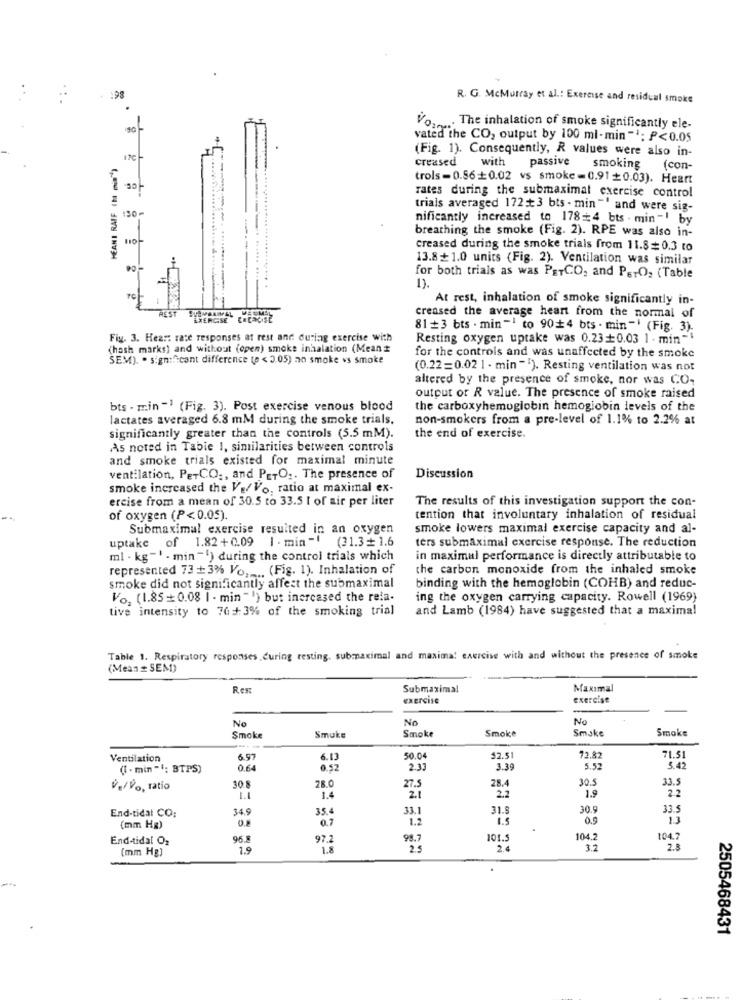
:98
R. G. McMurray et al .: Exercise and residual smoke
Vou ... The inhalation of smoke significantly ele-
vated the CO, output by 100 ml-min ": P<0.05
(Fig. 1). Consequently, R values were also in-
HEANI RAIF IN mid)
17€
creased
with
passive
smoking (con-
trols-0.56 +0.02 vs smoke=0.91+0.03). Heart
rates during the submaximal exercise control
130-
trials averaged 1723 bts - min "' and were sig-
nificantly increased to 178=4 bts . min -! by
breathing the smoke (Fig. 2). RPE was also in-
creased during the smoke trials from 11.8= 0.3 to
13.8+1.0 units (Fig. 2). Ventilation was similar
for both trials as was PETCO, and PerOz (Table
1).
At rest, inhalation of smoke significantly in-
creased the average heart from the normal of
81 +3 bts . min-1 to 90+4 bts . min "} (Fig. 3).
Fig. 3. Hea :: rate responses at rest and during exercise with
Resting oxygen uptake was 0.230.03 1 . min-
(hash marks) and without (open) smoke inhalation (Meant
SEM). . significant difference to < 3.05) no smoke vs smoke
for the controls and was unaffected by the smoke
(0.22=0.02 1 - min"). Resting ventilation was not
altered by the presence of smoke, nor was CO-
output of R value. The presence of smoke raised
bts - min -1 (Fig. 3). Post exercise venous blood
the carboxyhemoglobin hemoglobin levels of the
lactates averaged 6.8 mM during the smoke trials.
non-smokers from a pre-level of 1.1% to 2.2% at
significantly greater than the controls (5.5 mM).
the end of exercise.
As noted in Table I, similarities between controls
and smoke trials existed for maximal minute
ventilation, PETCO ;, and PETO ,. The presence of
Discussion
smoke increased the V./Vo. ratio at maximal ex-
ercise from a mean of 30.5 to 33.5 1 of air per liter
The results of this investigation support the con-
of oxygen (P<0.05).
tention that involuntary inhalation of residual
Submaximal exercise resulted in an oxygen
smoke lowers maximal exercise capacity and al-
(31.3 + 1.6
ters submaximal exercise response. The reduction
uptake of 1.82+0.09 1 . min "!
ml . kg- ' - min "") during the control trials which
in maximal performance is directly attributable to
represented 73 +3% Vo ..... (Fig. 1). Inhalation of
the carbon monoxide from the inhaled smoke
smoke did not significantly affect the submaximal
binding with the hemoglobin (COHB) and reduc-
Vo. (1.85+ 0.08 1 - min "") but inercased the rela-
ing the oxygen carrying capacity. Rowell (1969)
tive intensity to 76+3% of the smoking trial
and Lamb (1984) have suggested that a maxima!
Table 1. Respiratory responses curing resting, submaximal and maxima! exercise with and without the presence of smoke
(Mean # SEM)
Res:
Submaximal
Maximal
exercise
exercise
No
No
No
Smoke
Smake
Smoke
Smoke
Smoke
Smoke
71.51
Ventilation
6.97
50.04
$2.5
72.8:
(I . min "": BTPS)
0.64
2.33
3.39
5.52
$ 42
30.5
33.5
v./Vo, ratio
30 8
28.0
27.5
28.4
1.9
2.2
1.4
2.7
2.2
End-tidal CO:
34.9
35.
33.1
31.8
30.9
33.
0.8
0.7
1.2
1.5
0.9
13
(mm Hg)
End-tidal O2
96.8
97.2
98.7
101.
104.2
104.7
[mm Hg)
1.9
1.8
25
2.4
3.2
2.8
2505468431